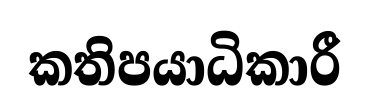
කතිපයාධිකාරී